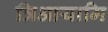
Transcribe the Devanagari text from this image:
त्रिआयामि